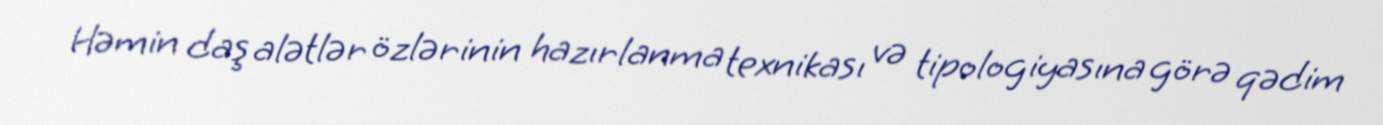
Həmin daş alətlər özlərinin hazırlanma texnikası və tipologiyasına görə qədim